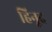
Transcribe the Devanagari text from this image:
हिनूद